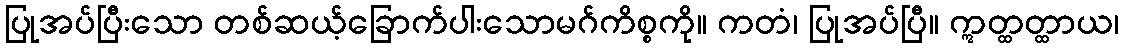
ပြုအပ်ပြီးသော တစ်ဆယ့်ခြောက်ပါးသောမဂ်ကိစ္စကို။ ကတံ၊ ပြုအပ်ပြီ။ ဣတ္ထတ္ထာယ၊